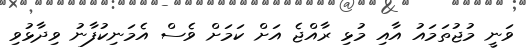
ވަނީ މުޖުތަމައު އާއި މުޅި ރާއްޖެ އަށް ކަމަށް ވެސް އެމަނިކުފާނު ވިދާޅުވި